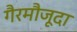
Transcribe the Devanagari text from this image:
गैरमौजूदा